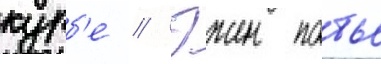
курб'е // Эжен потье